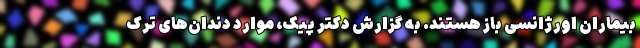
بیماران اورژانسی باز هستند. به گزارش دکتر پیک، موارد دندان‌های ترک